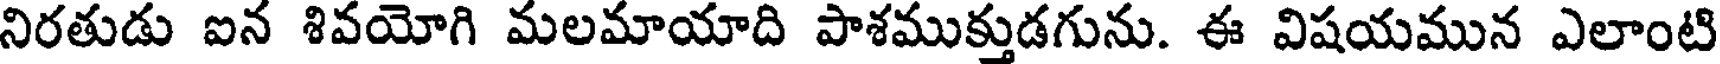
నిరతుడు ఐన శివయోగి మలమాయాది పాశముక్తుడగును. ఈ విషయమున ఎలాంటి